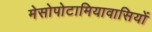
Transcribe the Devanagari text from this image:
मेसोपोटामियावासियों